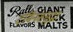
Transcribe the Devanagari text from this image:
टर्मिनससुद्धा